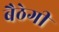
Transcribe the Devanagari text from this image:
बैठेगी